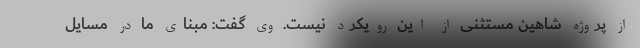
از پروژه شاهین مستثنی از این رویکرد نیست. وی گفت: مبنای ما در مسایل